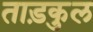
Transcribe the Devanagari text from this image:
ताड़कुल